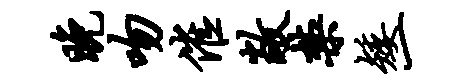
晚吻催敞禁矮一